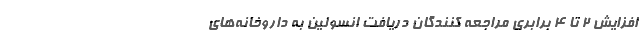
افزایش ۲ تا ۴ برابری مراجعه کنندگان دریافت انسولین به داروخانه‌های